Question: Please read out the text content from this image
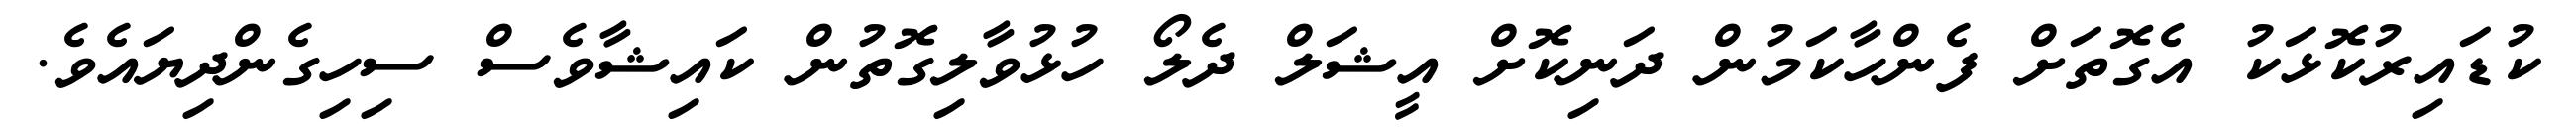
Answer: ކުޑައިރުކޮޅަކު އެގޮތަށް ފެންހާކަމުން ދަނިކޮށް އީޝަލް ދެލޯ ހުޅުވާލިގޮތުން ކައިޝާވެސް ސިހިގެންދިޔައެވެ.